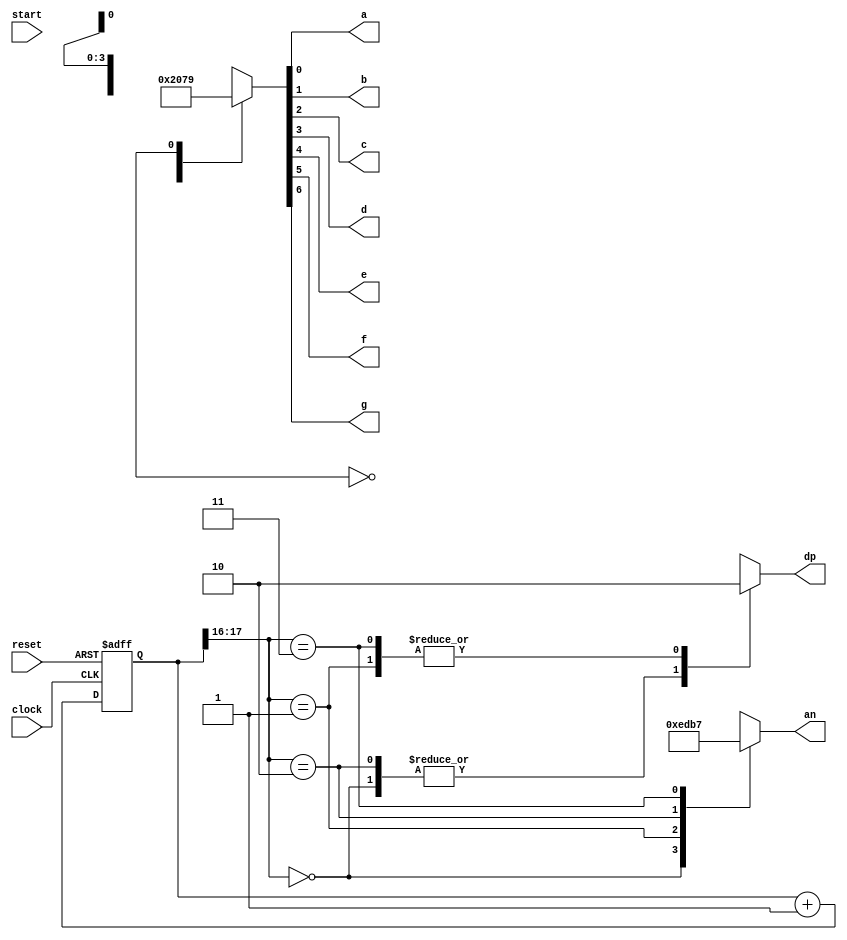
module stopwatch(
    input clock,
    input reset,
    input start,
    output a, b, c, d, e, f, g, dp,
    output [3:0] an
    );

reg [3:0] reg_d0, reg_d1, reg_d2, reg_d3; //registers that will hold the individual counts
reg [22:0] ticker; //23 bits needed to count up to 5M bits
wire click;


//the mod 5M clock to generate a tick ever 0.1 second

always @ (posedge clock or posedge reset)
begin
 if(reset)

  ticker <= 0;

 else if(ticker == 5000000) //if it reaches the desired max value reset it
  ticker <= 0;
 else if(start) //only start if the input is set high
  ticker <= ticker + 1;
end

assign click = ((ticker == 5000000)?1'b1:1'b0); //click to be assigned high every 0.1 second

always @ (posedge clock or posedge reset)
begin
 if (reset)
  begin
   reg_d0 <= 0;
   reg_d1 <= 0;
   reg_d2 <= 0;
   reg_d3 <= 0;
  end
  
 else if (click) //increment at every click
  begin
   if(reg_d0 == 9) //xxx9 - the 0.1 second digit
   begin  //if_1
    reg_d0 <= 0;
    
    if (reg_d1 == 9) //xx99 
    begin  // if_2
     reg_d1 <= 0;
     if (reg_d2 == 5) //x599 - the two digit seconds digits
     begin //if_3
      reg_d2 <= 0;
      if(reg_d3 == 9) //9599 - The minute digit
       reg_d3 <= 0;
      else
       reg_d3 <= reg_d3 + 1;
     end
     else //else_3
      reg_d2 <= reg_d2 + 1;
    end
    
    else //else_2
     reg_d1 <= reg_d1 + 1;
   end 
   
   else //else_1
    reg_d0 <= reg_d0 + 1;
  end
end

//The Circuit for Multiplexing - Look at my other post for details on this

localparam N = 18;

reg [N-1:0]count;

always @ (posedge clock or posedge reset)
 begin
  if (reset)
   count <= 0;
  else
   count <= count + 1;
 end

reg [6:0]sseg;
reg [3:0]an_temp;
reg reg_dp;
always @ (*)
 begin
  case(count[N-1:N-2])
   
   2'b00 : 
    begin
     sseg = reg_d0;
     an_temp = 4'b1110;
     reg_dp = 1'b1;
    end
   
   2'b01:
    begin
     sseg = reg_d1;
     an_temp = 4'b1101;
     reg_dp = 1'b0;
    end
   
   2'b10:
    begin
     sseg = reg_d2;
     an_temp = 4'b1011;
     reg_dp = 1'b1;
    end
    
   2'b11:
    begin
     sseg = reg_d3;
     an_temp = 4'b0111;
     reg_dp = 1'b0;
    end
  endcase
 end
assign an = an_temp;

reg [6:0] sseg_temp; 
// IMPLIMENT FLASH ENABLE
reg flash_enable = 1'b0; // Flag to enable flashing
    always @(posedge click) begin
    // Change display pattern every (approximately) 1 second
    if (bcd == 4'b0000) begin
        if (flash_enable)
            flash_enable <= 1'b0; // Disable flashing
        else
            flash_enable <= 1'b1; // Enable flashing
    end
end

// Assign segment pattern to output based on flash enable flag and BCD input
always @(*) begin
    case(bcd)
        4'b0000: sseg_temp = 7'b1000000; // Display 0
        4'b0001: sseg_temp = 7'b1111001; // Display 1
        4'b0010: sseg_temp = 7'b0100100; // Display 2
        4'b0011: sseg_temp = 7'b0110000; // Display 3
        4'b0100: sseg_temp = 7'b0011001; // Display 4
        4'b0101: sseg_temp = 7'b0010010; // Display 5
        4'b0110: sseg_temp = 7'b0000010; // Display 6
        4'b0111: sseg_temp = 7'b1111000; // Display 7
        4'b1000: sseg_temp = 7'b0000000; // Display 8
        4'b1001: sseg_temp = 7'b0010000; // Display 9
        default: sseg_temp = flash_enable ? 7'b1000000 : 7'b0111111; // Display 0 if flashing, otherwise dash
    endcase
end

       
assign {g, f, e, d, c, b, a} = sseg_temp; 
assign dp = reg_dp;

endmodule